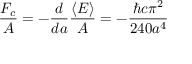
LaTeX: { \frac { F _ { c } } { A } } = - { \frac { d } { d a } } { \frac { \langle E \rangle } { A } } = - { \frac { \hbar c \pi ^ { 2 } } { 2 4 0 a ^ { 4 } } }